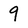
Character: 9